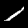
Label: 1